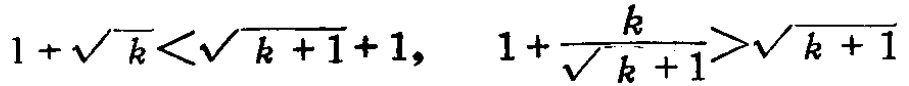
$1+\sqrt{k}<\sqrt{k + 1}+1,\ 1+\frac{k}{\sqrt{k + 1}}>\sqrt{k + 1}$